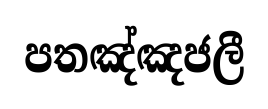
පතඤ්ඤජලී